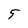
Character: 5